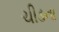
ચીડના